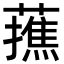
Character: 𮒝